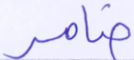
ضامر